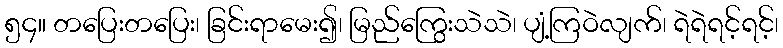
၅၄။ တပြေးတပြေး၊ ခြင်းရာမေး၍၊ မြည်ကြွေးသဲသဲ၊ ပျံ့ကြဝဲလျက်၊ ရဲရဲရင့်ရင့်၊